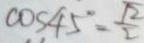
\cos 4 5 ^ { \circ } = \frac { 1 2 } { 2 }